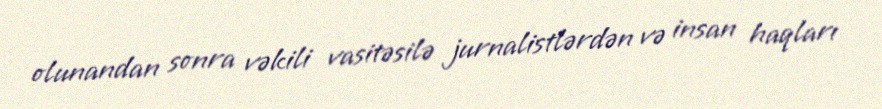
olunandan sonra vəkili vasitəsilə jurnalistlərdən və insan haqları